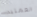
العمليه